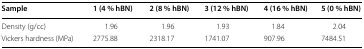
<table><thead><tr><td><b>Sample</b></td><td><b>1 (4 % hBN)</b></td><td><b>2 (8 % hBN)</b></td><td><b>3 (12 % hBN)</b></td><td><b>4 (16 % hBN)</b></td><td><b>5 (0 % hBN)</b></td></tr></thead><tbody><tr><td>Density (g/cc)</td><td>1.96</td><td>1.96</td><td>1.93</td><td>1.84</td><td>2.04</td></tr><tr><td>Vickers hardness (MPa)</td><td>2775.88</td><td>2318.17</td><td>1741.07</td><td>907.96</td><td>7484.51</td></tr></tbody></table>